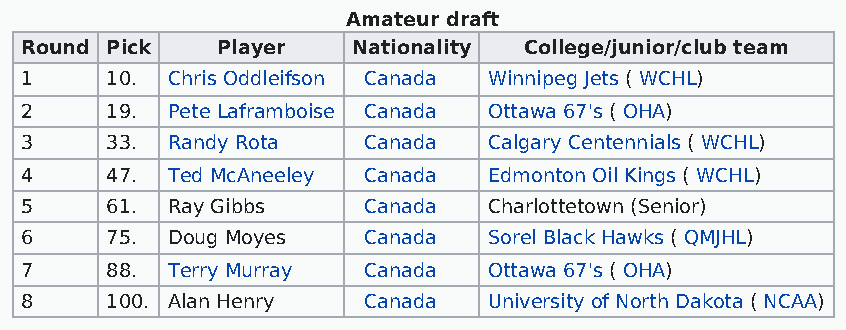
Amateur draft
 Round Pick   Player   Nationality College/junior/club team
 1     10. Chris Oddleifson Canada Winnipeg Jets ( WCHL)
 2     19. Pete Laframboise Canada Ottawa 67's ( OHA)
 3     33. Randy Rota   Canada  Calgary Centennials ( WCHL)
 4     47. Ted McAneeley Canada Edmonton Oil Kings ( WCHL)
 5     61. Ray Gibbs    Canada  Charlottetown (Senior)
 6     75. Doug Moyes   Canada  Sorel Black Hawks ( QMJHL)
 7     88. Terry Murray Canada  Ottawa 67's ( OHA)
 8     100. Alan Henry  Canada  University of North Dakota ( NCAA)